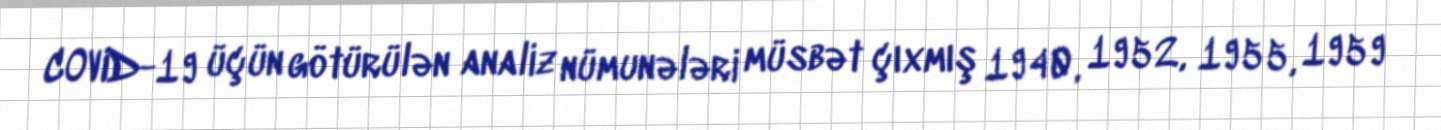
COVID-19 üçün götürülən analiz nümunələri müsbət çıxmış 1940, 1952, 1955, 1959